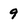
Character: 9